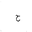
Letter: _ha